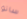
ساتو